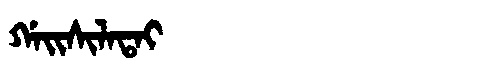
Manchu: ᡤᠠᡳᠰᡳᠯᠠᡨᠠᡳ
Romanization: GAISILATAI